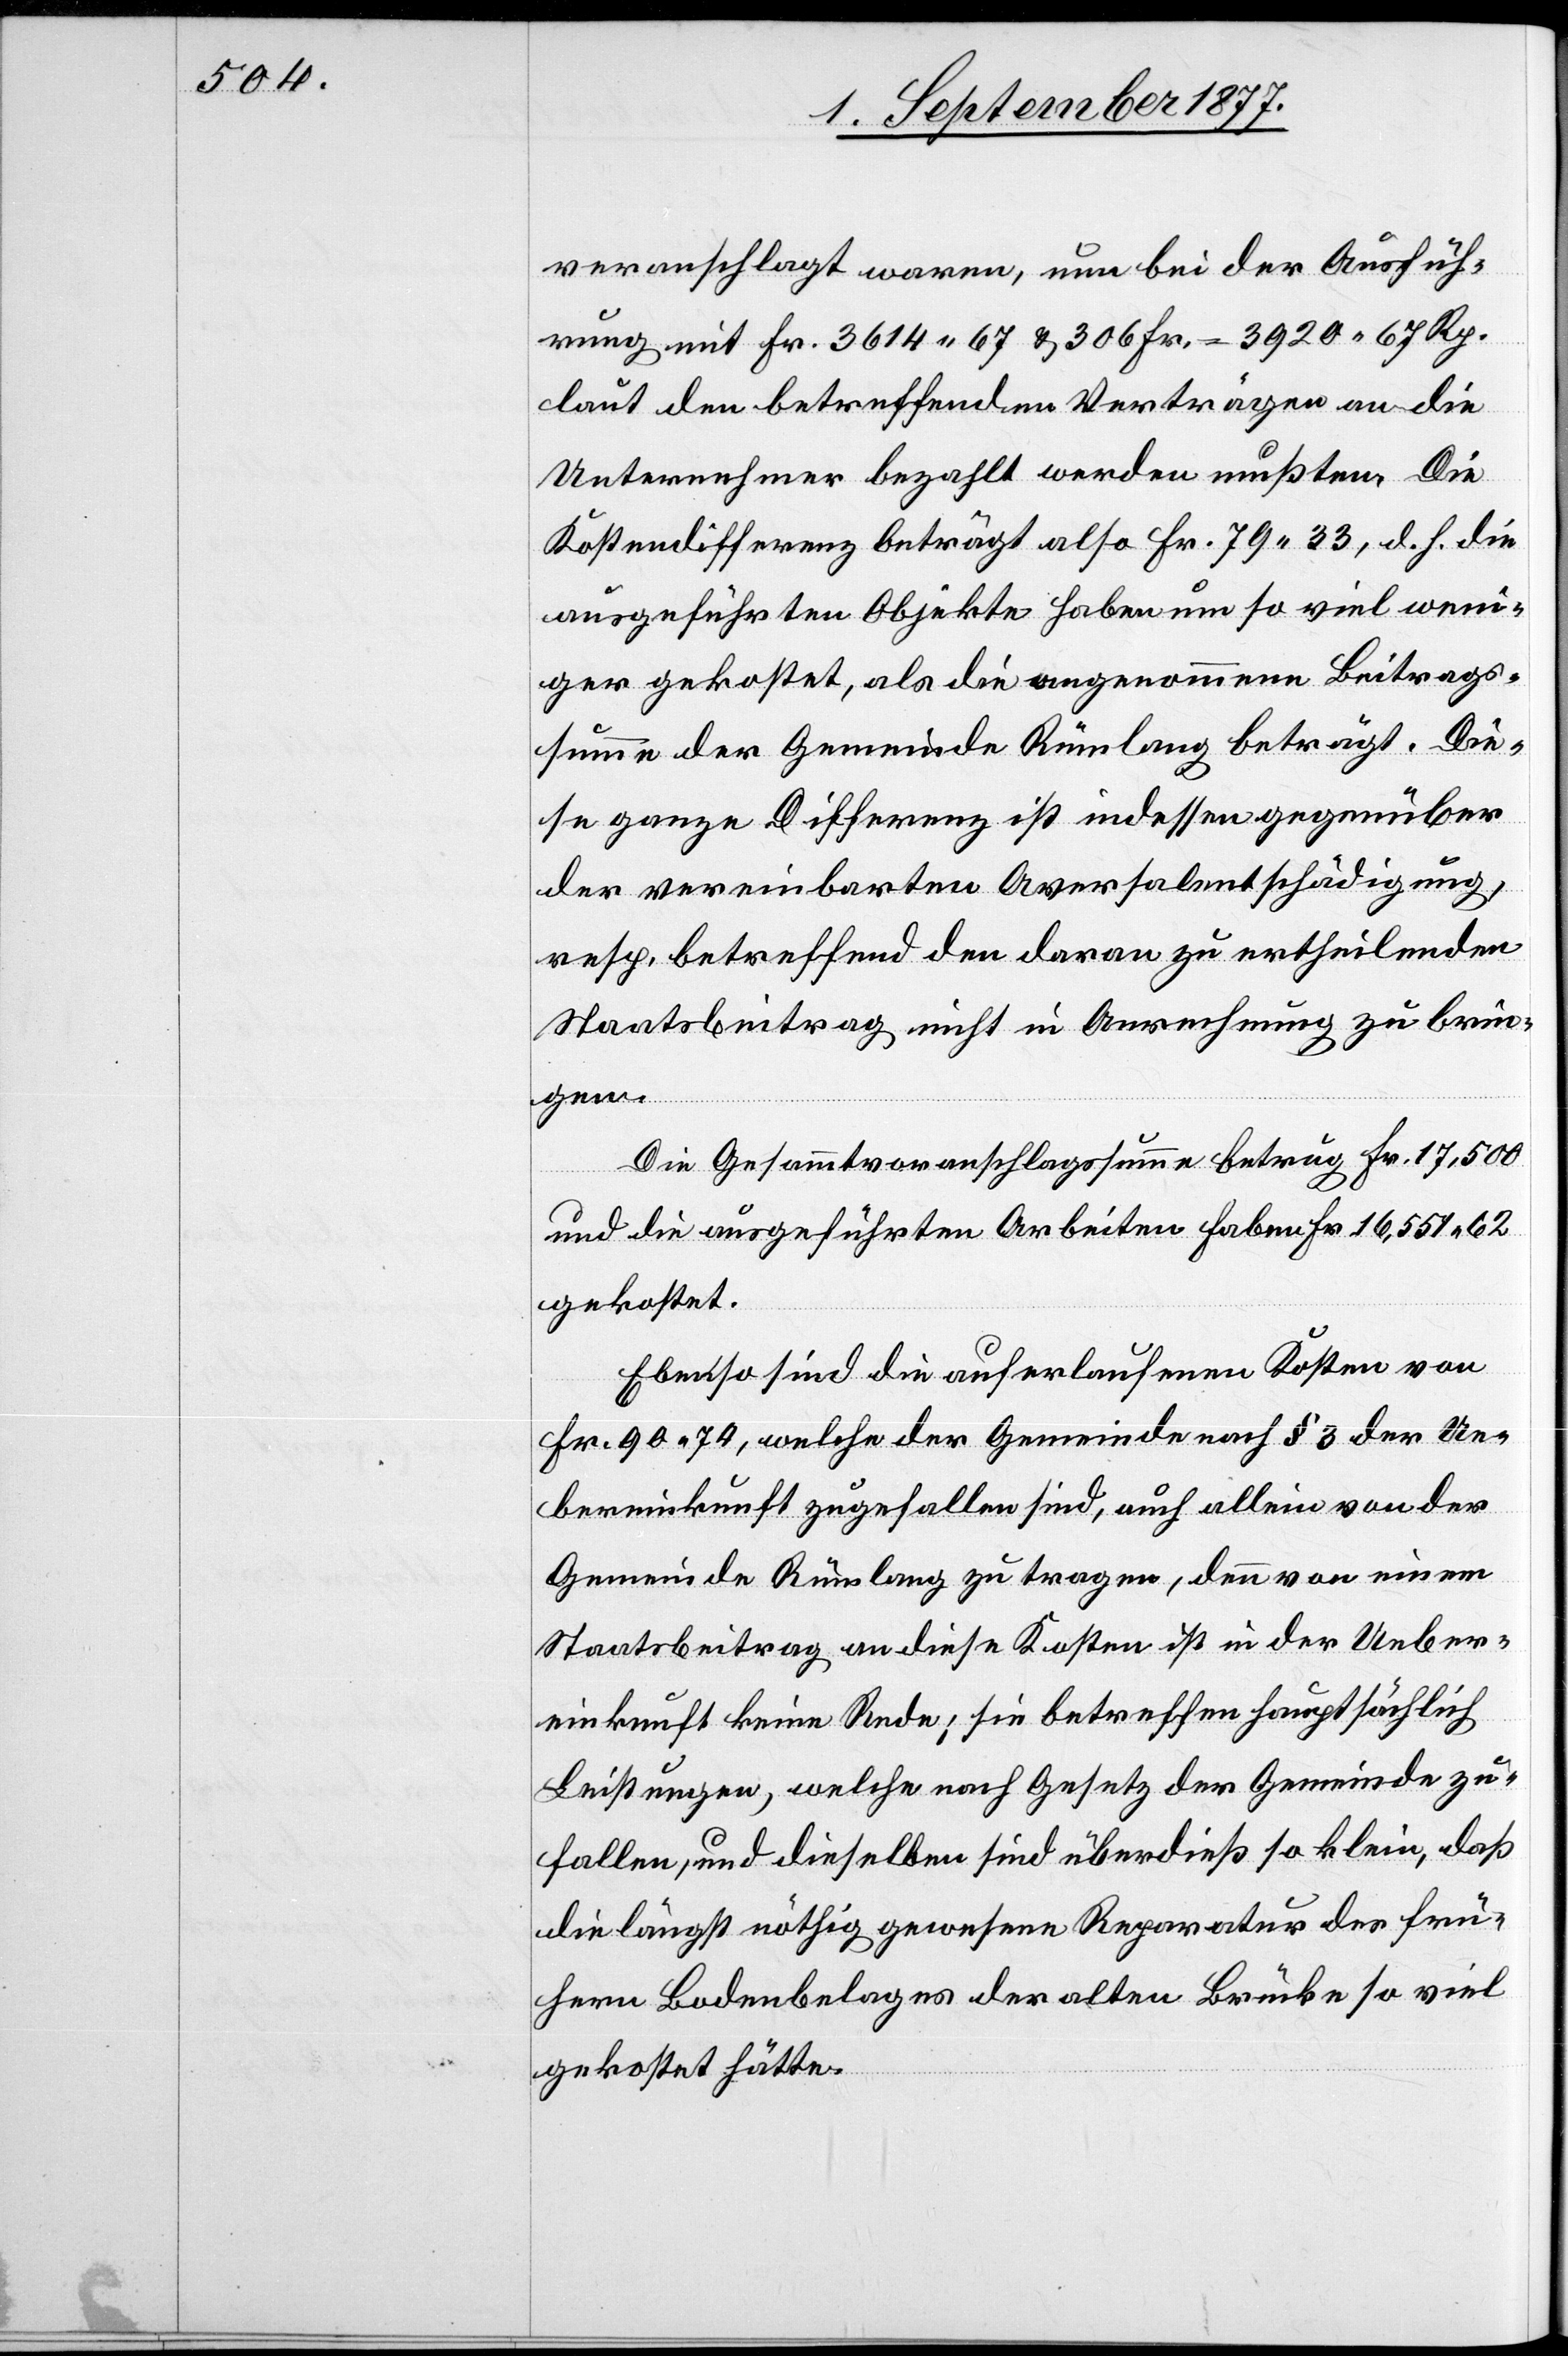
veranschlagt waren, nun bei der Ausfüh¬
rung mit Fr. 3614.67 & 306 Fr. = [Fr.] 3920 67 Rp.
laut den betreffenden Verträgen an die
Unternehmer bezahlt werden mußten. Die
Kostendifferenz beträgt also Fr. 79.33, d. h. die
ausgeführten Objekte haben um so viel weni¬
ger gekostet, als die angenommene Beitrags¬
summe der Gemeinde Rümlang beträgt. Die¬
se ganze Differenz ist indessen gegenüber
der vereinbarten Aversalentschädigung,
resp. betreffend den daran zu ertheilenden
Staatsbeitrag nicht in Anrechnung zu brin¬
gen.
Die Gesammtvoranschlagssumme betrug Fr. 17,500
und die ausgeführten Arbeiten haben Fr. 16,551.62
gekostet.
Ebenso sind die auferlaufenen Kosten von
Fr. 90.74, welche der Gemeinde nach § 3 der Ue¬
bereinkunft zugefallen sind, auch allein von der
Gemeinde Rümlang zu tragen, denn von einem
Staatsbeitrag an diese Kosten ist in der Ueber¬
einkunft keine Rede; sie betreffen hauptsächlich
Leistungen, welche nach Gesetz der Gemeinde zu¬
fallen, und dieselben sind überdieß so klein, daß
die längst nöthig gewesene Reparatur des frü¬
hern Bodenbelages der alten Brücke so viel
gekostet hätte.